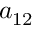
a _ { 1 2 }